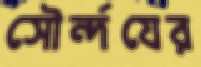
সৌর্ন্দযের